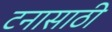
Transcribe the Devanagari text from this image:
टनासाठी